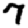
Digit: 7